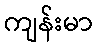
ကျန်းမာ